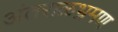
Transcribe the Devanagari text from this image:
अंतराळभ्रमण